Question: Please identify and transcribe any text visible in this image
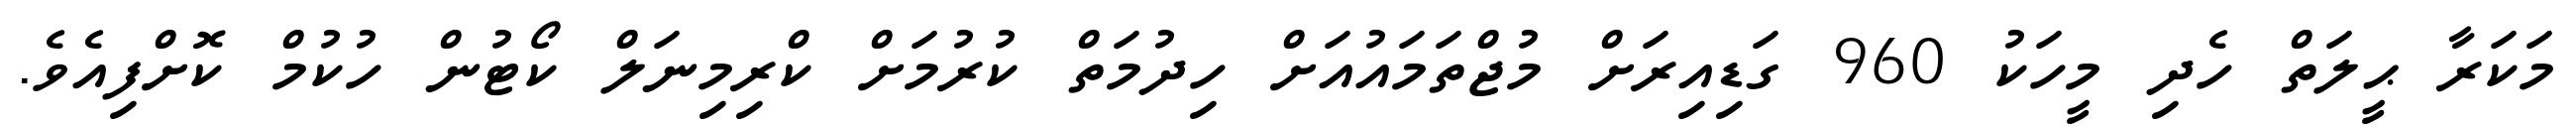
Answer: މަކަރާ ޙީލަތް ހެދި މީހަކު 960 ގަޑިއިރަށް މުޖްތަމައުއަށް ހިދުމަތް ކުރުމަށް ކްރިމިނަލް ކޯޓުން ހުކުމް ކޮށްފިއެވެ.